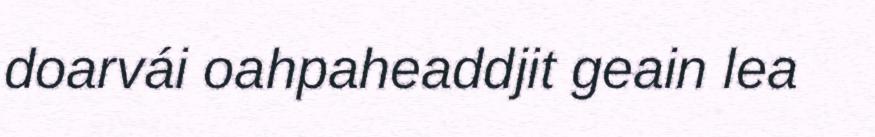
doarvái oahpaheaddjit geain lea